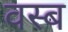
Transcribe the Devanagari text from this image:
वस्ब